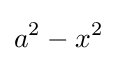
a^{2}-x^{2}\,\!